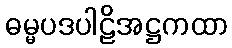
ဓမ္မပဒပါဠိအဋ္ဌကထာ